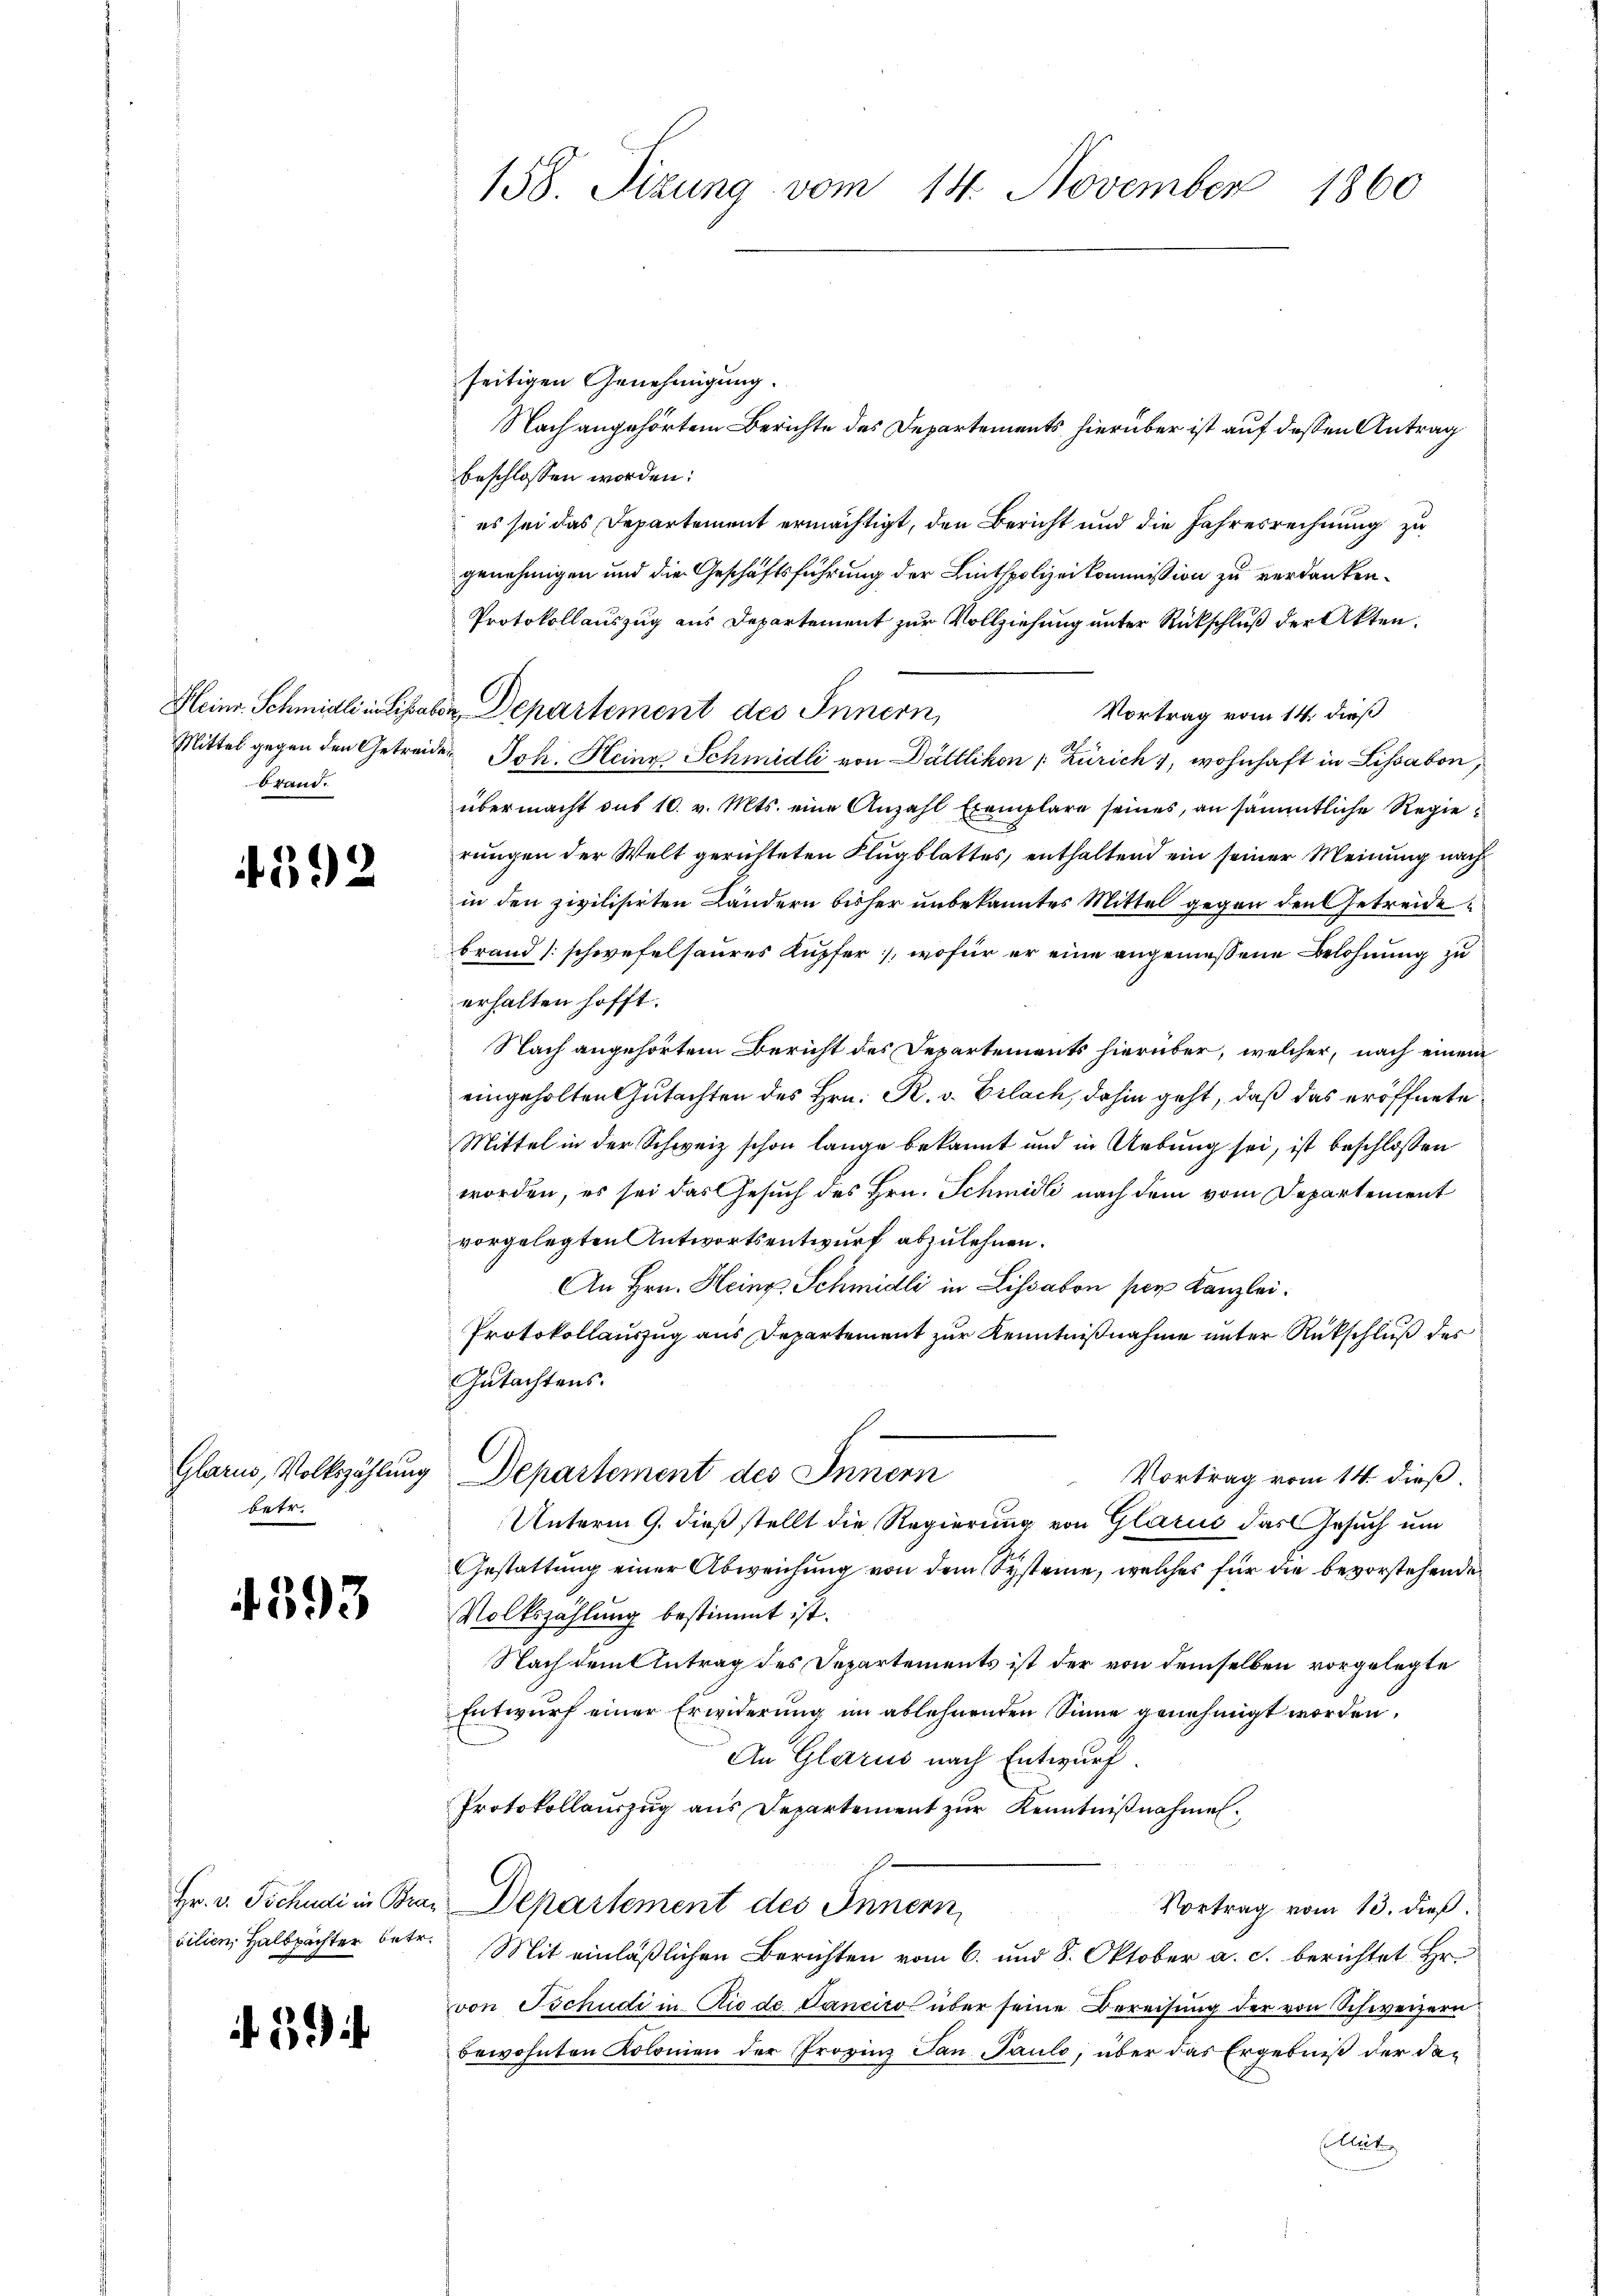
Brand.

4392

betr.

4593

158. Sizung vom 14. November 1860

seitigen Genehmigung.
Nach angehörtem Berichte des Departements hierüber ist auf dessen Antrag
beschlossen worden:
es sei das Departement ermächtigt, den Bericht und die Jahresrechnung zu
genehmigen und die Geschäftsführung der Linthpolizeikommission zu verdanken¬
Protokollauszug aus Departement zur Vollziehung unter Rückschluß der Akten.
Vortrag vom 14. dieß
Mittel gegen den Getreide Joh. Heine Schmidli von Dättlikon [Zürich 1, wohnhaft in Lissabon,
übermacht aus 10. v. Mts. eine Anzahl Exemplare seines, an sämmtliche Regierungen der Welt gerichteten Flugblattes, enthaltend ein seiner Meinung nach
in den zivilisirten Ländern bisher unbekanntes Mittel gegen den Getreide
brand (schwefelsaures Kupfer, wofür er eine angemessene Belohnung zu
erhalten hofft.
Nach angehörtem Bericht des Departements hierüber, welcher, nach einem
eingeholten Gutachten des Hrn. R. v. Erlach, dahin geht, daß das eröffnete
Mittel in der Schweiz schon lange bekannt und in Uebung sei, ist beschlossen
worden, es sei das Gesuch des Hrn. Schmidli nach dem vom Departement
vorgelegten Antwortsentwurf abzulehnen.
An Hrn. Heing Schmidli in Lissabon per Kanzlei.
Protokollauszug aus Departement zur Kenntnißnahme unter Rückschluß des
Gutachtens.
Glarus, Volkszählung Departement des Innern
Vortrag vom 14. dieß.
Unterm 9. dieß stellt die Regierung von Glarus das Gesuch um
Gestattung einer Abweichung von dem Systeme, welches für die bevorstehende
Volkszählung bestimmt ist.
Nach dem Antrag des Departements ist der von demselben vorgelegte
Entwurf einer Erwiderung im ablehnenden Sinne genehmigt worden.
An Glarus nach Entwurf.
Protokollaŭszŭg aŭs Departement zŭr Kenntniβnahmen.
Hr. v. Tschudi in Brax Departement des Innern,
Vortrag vom 13. dieß.
vilien, Halbpächter betr. Mit einläßlichen Berichten vom 6. und 8. Oktober a. c. berichtet Hr.
von Tschudi in Rio de Canciro über seine Bereisung der von Schweizern
bewohnten Kolonien der Provinz Jan. Pauls, über das Ergebniß der da¬
Cellet

Heinr. Schmidli in Lisaben Departement des Innern,